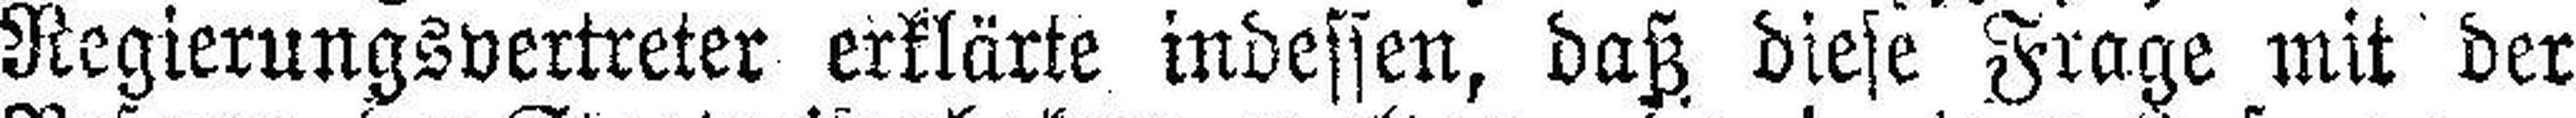
Regierungsvertreter erklärte indessen, daß diese Frage mit der